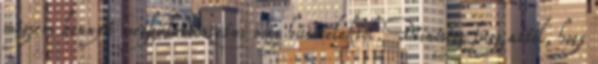
mégsem könnyű megkülönböztetni más húsételektől. Minősége függ attól, hogy